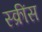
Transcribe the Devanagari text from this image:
स्क्रींस